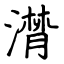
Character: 潸